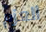
العزم